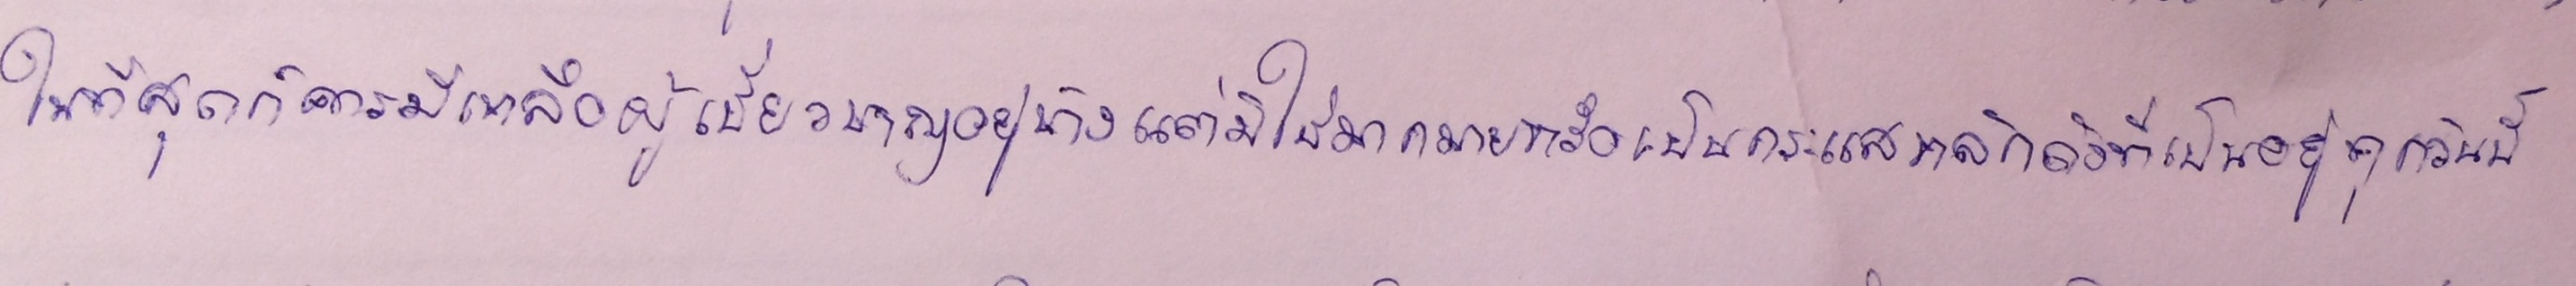
ในที่สุดก็ควรมีเหลือผู้เชี่ยวชาญอยู่บ้างแต่มิใช่มากมายหรือเป็นกระแสหลักดังที่เป็นอยู่ทุกวันนี้